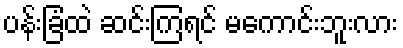
ပန်းခြံထဲ ဆင်းကြရင် မကောင်းဘူးလား